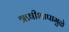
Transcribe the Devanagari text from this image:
ऋषीशापामुळे